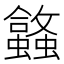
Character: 𬠹